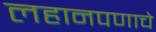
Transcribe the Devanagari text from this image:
लहानपणाचे